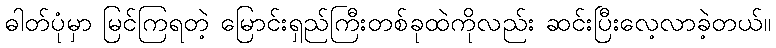
ဓါတ်ပုံမှာ မြင်ကြရတဲ့ မြောင်းရှည်ကြီးတစ်ခုထဲကိုလည်း ဆင်းပြီးလေ့လာခဲ့တယ်။